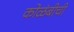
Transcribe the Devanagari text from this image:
कोळंबीची